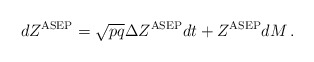
\begin{align*}dZ^{\rm ASEP} = \sqrt{pq} \Delta Z^{\rm ASEP}dt + Z^{\rm ASEP} dM\,.\end{align*}